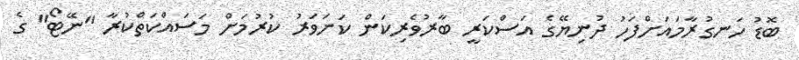
ބޮޑު ހަނގުރާމައަށްފަހު ދުނިޔޭގެ އަސްކަރީ ބާރުވެރިކަން ކަށަވަރު ކުރުމަށް މަސައްކަތްކުރާ "ނޭޓޯ" ގެ